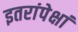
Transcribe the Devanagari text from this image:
इतरांपेक्षां